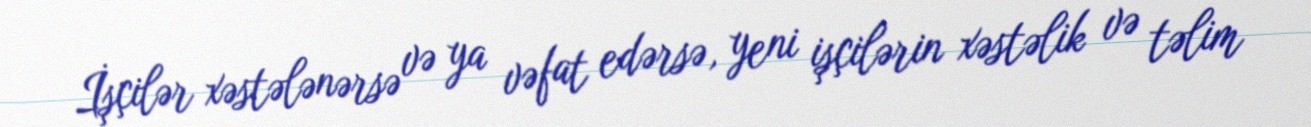
İşçilər xəstələnərsə və ya vəfat edərsə, yeni işçilərin xəstəlik və təlim